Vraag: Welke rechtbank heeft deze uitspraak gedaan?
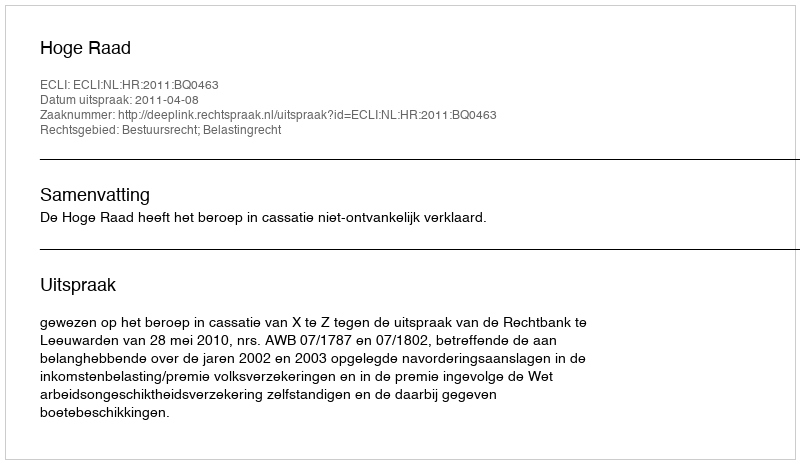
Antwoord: Hoge Raad